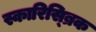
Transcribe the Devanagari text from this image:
स्कारिस्ब्रिक